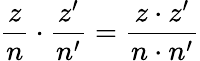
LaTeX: {\frac{z}{n}}\cdot{\frac{z^{\prime}}{n^{\prime}}}={\frac{z\cdot z^{\prime}}{n\cdot n^{\prime}}}